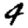
Digit: 4